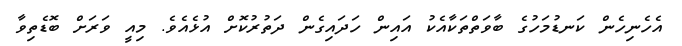
އެހެނިހެން ކަނޑުމަހުގެ ބާވަތްތަކާއެކު އައިން ހަދައިގެން ދަތުރުކޮށް އުޅެއެވެ. މިއީ ވަރަށް ބޮޑެތިވާ